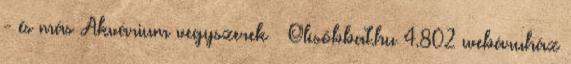
- és más Akvárium vegyszerek – Olcsóbbat.hu 4.802 webáruház